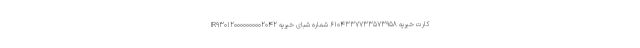
کارت خیریه 6104337733573958 شماره شبای خیریه IR930120000000002042